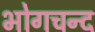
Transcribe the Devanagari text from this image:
भोगचन्द